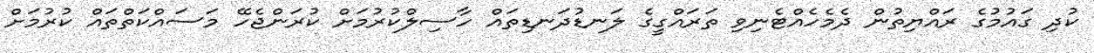
ކުދި ގައުމުގެ ރައްޔިތުން ދެމެހެއްޓެނިވި ތަރައްގީގެ ލަނޑުދަނޑިތައް ހާސިލްކުރުމަށް ކުރަންޖެހޭ މަސައްކަތްތައް ކުރުމަށް